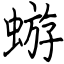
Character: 蝣